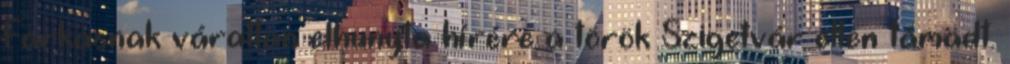
Farkasnak váratlan elhunyta hírére a török Szigetvár ellen támadt.